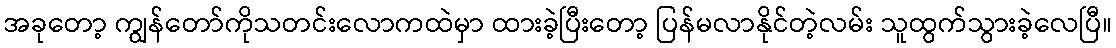
အခုတော့ ကျွန်တော်ကိုသတင်းလောကထဲမှာ ထားခဲ့ပြီးတော့ ပြန်မလာနိုင်တဲ့လမ်း သူထွက်သွားခဲ့လေပြီ။